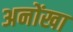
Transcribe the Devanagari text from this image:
अनोंखा